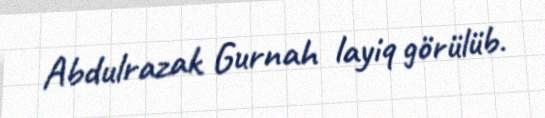
Abdulrazak Gurnah layiq görülüb.